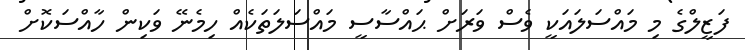
ފަޒީލްގެ މި މައްސަލައަކީ ވެސް ވަރަށް ޙައްސާސީ މައްސަލަތަކެއް ހިމެނޭ ވަކިން ހާއްސަކޮށް